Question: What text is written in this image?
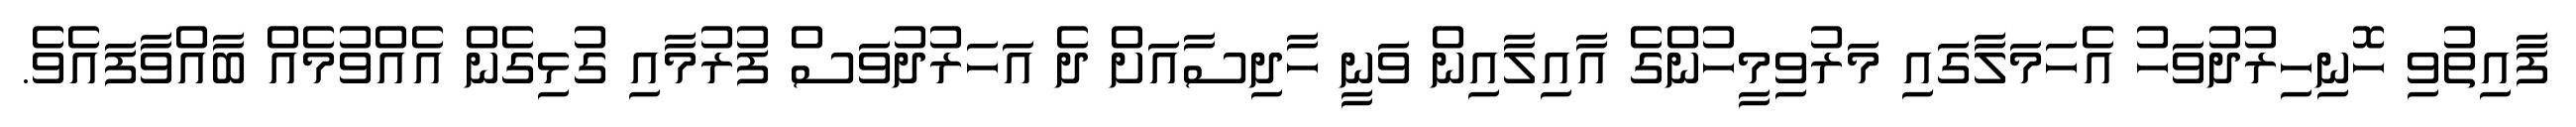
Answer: ފާއިތުވި ހޮނިހިރުދުވަހު އެހަމަލާގައި މަރުވިމީހުންގެ އާއިލާއިން ވަނީ ހާދިސާއަށް ދެ އަހަރުދުވަސް ފުރުމާއި ގުޅިގެން އެއްވުމެއް ބާއްވާފައެވެ.